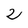
Character: 2